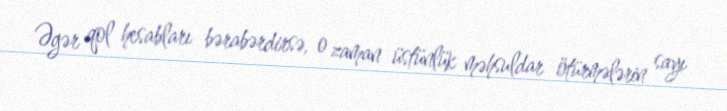
Əgər qol hesabları bərabərdirsə, o zaman üstünlük məhsuldar ötürmələrin sayı